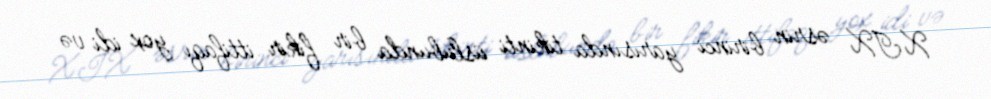
XIX əsrin birinci yarısında tikinti üslubunda bir fikir ittifaqı yox idi və